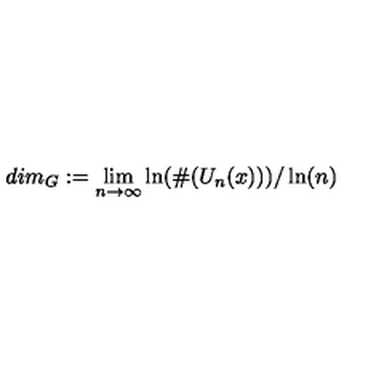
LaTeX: d i m _ { G } : = \lim _ { n \to \infty } \ln ( \# ( U _ { n } ( x ) ) ) / \ln ( n )